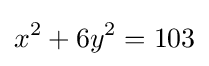
x^{2}+6y^{2}=103